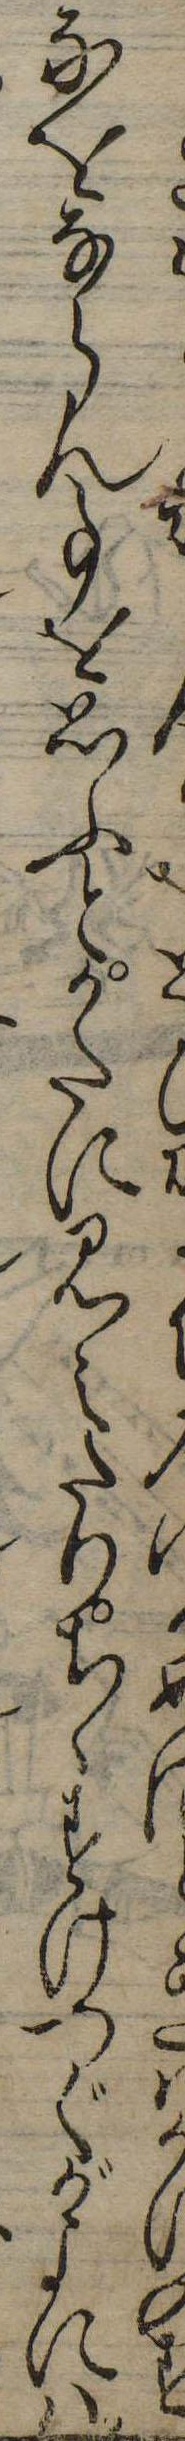
めきかのすなをならん事を思ふとかたに見えたりちゝすけつぐがよには